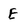
Character: E